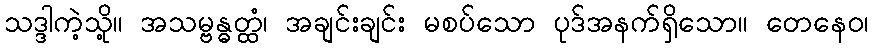
သဒ္ဒါကဲ့သို့။ အသမ္ဗန္ဓတ္ထံ၊ အချင်းချင်း မစပ်သော ပုဒ်အနက်ရှိသော။ တေနေဝ၊